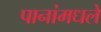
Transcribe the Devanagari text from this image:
पानांमधले